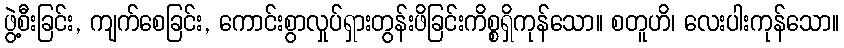
ဖွဲ့စီးခြင်း, ကျက်စေခြင်း, ကောင်းစွာလှုပ်ရှားတွန်းဖိခြင်းကိစ္စရှိကုန်သော။ စတူဟိ၊ လေးပါးကုန်သော။